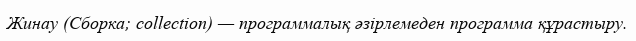
Жинау (Сборка; collection) — программалық әзірлемеден программа құрастыру.